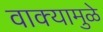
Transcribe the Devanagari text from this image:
वाक्यामुळे